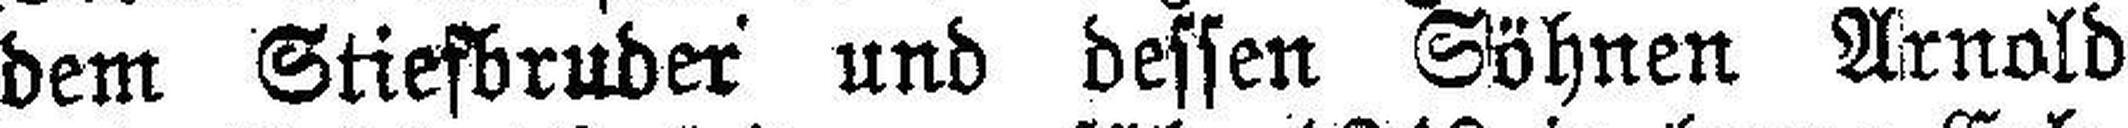
dem Stiefbruder und dessen Söhnen Arnold